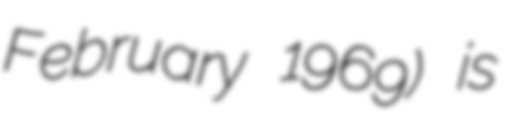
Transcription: February 1969) is